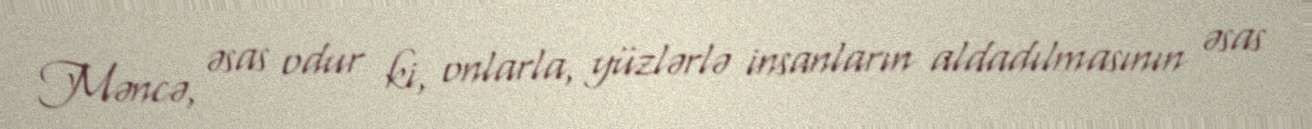
Məncə, əsas odur ki, onlarla, yüzlərlə insanların aldadılmasının əsas